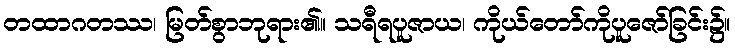
တထာဂတဿ၊ မြတ်စွာဘုရား၏။ သရီရပူဇာယ၊ ကိုယ်တော်ကိုပူဇော်ခြင်း၌။